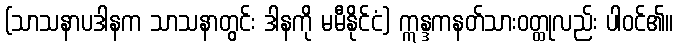
(သာသနာပဒါနက သာသနာတွင်း ဒါနကို မမီနိုင်ငံ) ဣန္ဒကနတ်သားဝတ္ထုလည်း ပါဝင်၏။